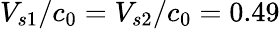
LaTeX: V_{s1}/c_{0}=V_{s2}/c_{0}=0.49